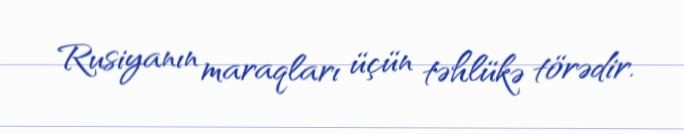
Rusiyanın maraqları üçün təhlükə törədir.